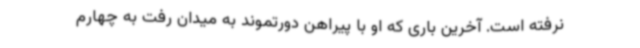
نرفته است. آخرین باری که او با پیراهن دورتموند به میدان رفت به چهارم